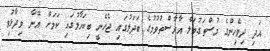
އަދި ދިވެހިންގެ މުސްތަގުބަލް އާރާސްތުވުމުގެ ބަދަލުގައި ޖެހެނީ ބިކަހާލުގައި ކަމަށް އޭނާ ވިދާޅުވި